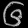
Digit: ၆